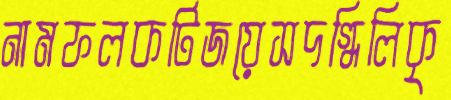
নামফলকটিজয়েসদগ্ধিলিকৃ